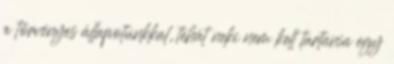
a törvényes állapotunkkal, tehát neki nem kell tartania egy